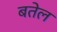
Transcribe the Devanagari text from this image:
बतेल